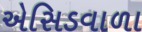
એસિડવાળા